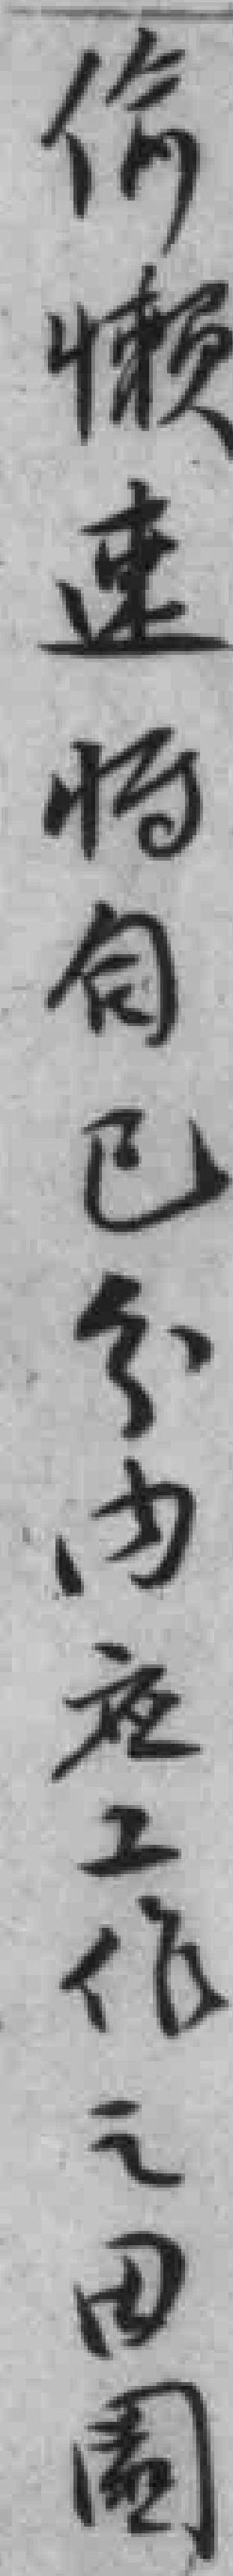
偷懒速将自己分内应工作之田園